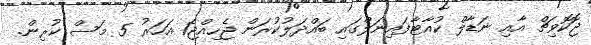
ޖޮކޮވިޗް އާއި ނަޑާލް ކުއާޓާފައިނަލްގައި ބައްދަލުކުރަން ޖެހިއްޖެ1 އަހަރު 5 މަސް ކުރިން.